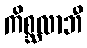
ကိစ္ဆလာဘီ